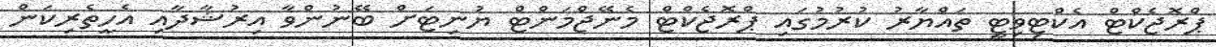
ޕްރޮޖެކްޓް އެކްޓިވިޓީ ތައްޔާރު ކުރުމުގައި ޕްރޮޖެކްޓް މެނޭޖްމަންޓް ޔުނިޓަށް ބޭނުންވާ އިރުޝާދާއި އެހީތެރިކަން